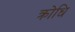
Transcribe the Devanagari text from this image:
क्रोधि